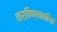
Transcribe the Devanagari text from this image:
करविण्याकरितां